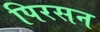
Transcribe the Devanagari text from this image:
पिरसन